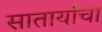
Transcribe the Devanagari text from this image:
सातार्याचा